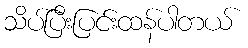
သိပ်ပြီးပြင်းထန်ပါတယ်